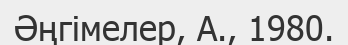
Әңгімелер, А., 1980.